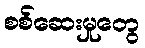
စစ်ဆေးမှုတွေ